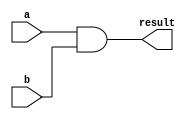
module continuous_assignment(
    input wire a,
    input wire b,
    output reg result
);

assign result = a & b;

endmodule